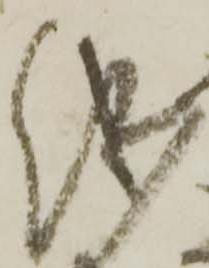
儀